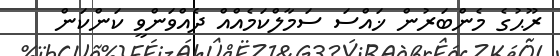
ރޫޙުގެ މެންބަރުން ޚައްސަ ސަމާލްކަމެއްއް ދެއްވަންވީ ކަންކަން